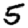
Digit: 5